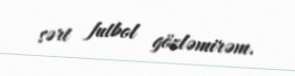
sərt futbol gözləmirəm.